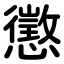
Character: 懲